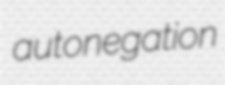
autonegation